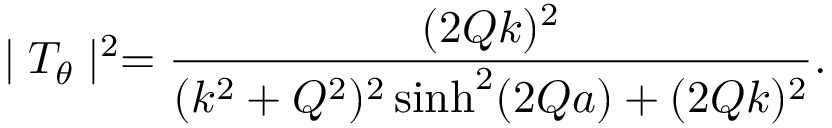
\mid T _ { \theta } \mid ^ { 2 } = \frac { ( 2 Q k ) ^ { 2 } } { ( k ^ { 2 } + Q ^ { 2 } ) ^ { 2 } \sinh ^ { 2 } ( 2 Q a ) + ( 2 Q k ) ^ { 2 } } .